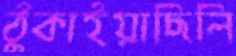
ঠুকাইয়াছিলি